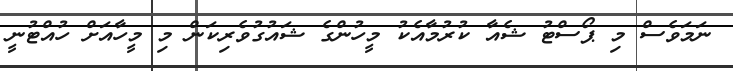
ނަމަވެސް މި ޕޯސްޓު ޝެއާ ކުރުމާއެކު މީހުންގެ ޝައުގުވެރިކަން މި މީހާއަށް ހުއްޓުނީ